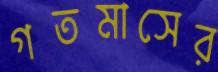
গতমাসের